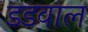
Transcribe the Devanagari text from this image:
डडवाल